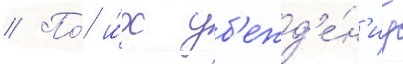
// По́ и́х уб'ежд'е́н'иу